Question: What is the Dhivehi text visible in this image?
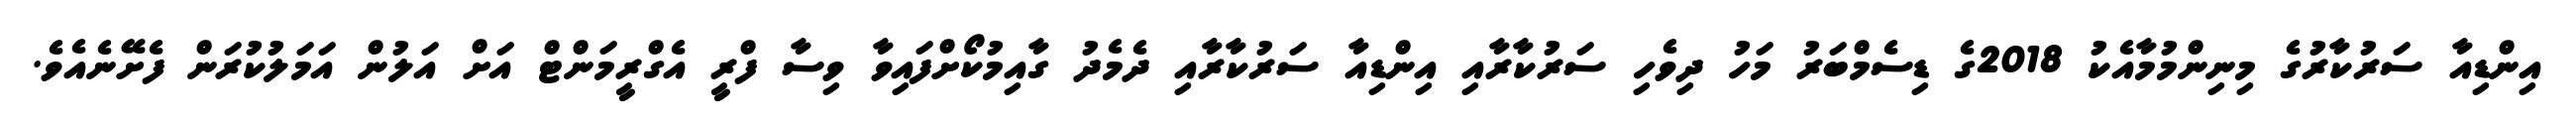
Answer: އިންޑިއާ ސަރުކާރުގެ މިނިންމުމާއެކު 2018ގެ ޑިސެމްބަރު މަހު ދިވެހި ސަރުކާރާއި އިންޑިއާ ސަރުކާރާއި ދެމެދު ގާއިމުކޯށްފައިވާ ވިސާ ފްރީ އެގްރީމަންޓް އަށް އަލުން އަމަލުކުރަން ފެށޭނެއެވެ.